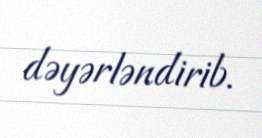
dəyərləndirib.